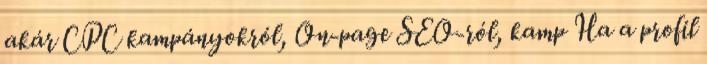
akár CPC kampányokról, On-page SEO-ról, kamp Ha a profil